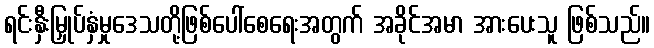
ရင်းနှီးမြှုပ်နှံမှုဒေသတို့ဖြစ်ပေါ်စေရေးအတွက် အခိုင်အမာ အားပေးသူ ဖြစ်သည်။